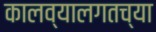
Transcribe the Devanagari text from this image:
कालव्यालगतच्या